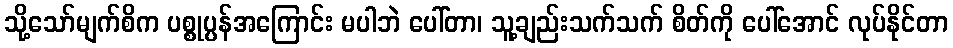
သို့သော်မျက်စိက ပစ္စုပ္ပန်အကြောင်း မပါဘဲ ပေါ်တာ၊ သူ့ချည်းသက်သက် စိတ်ကို ပေါ်အောင် လုပ်နိုင်တာ